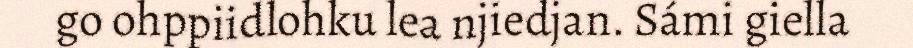
go ohppiidlohku lea njiedjan. Sámi giella